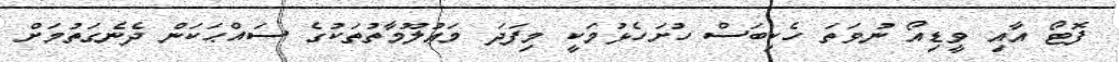
ފޮޓޯ އާއި ވީޑިއޯ ނުވަތަ ހެކިބަސް ހުށަހެޅުމަކީ މިފަދަ މަޢުލޫމާތުތަކުގެ ސައްޙަކަން ދެނެގަތުމަށް